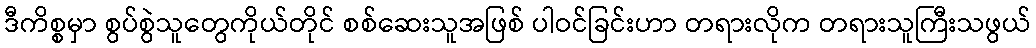
ဒီကိစ္စမှာ စွပ်စွဲသူတွေကိုယ်တိုင် စစ်ဆေးသူအဖြစ် ပါဝင်ခြင်းဟာ တရားလိုက တရားသူကြီးသဖွယ်